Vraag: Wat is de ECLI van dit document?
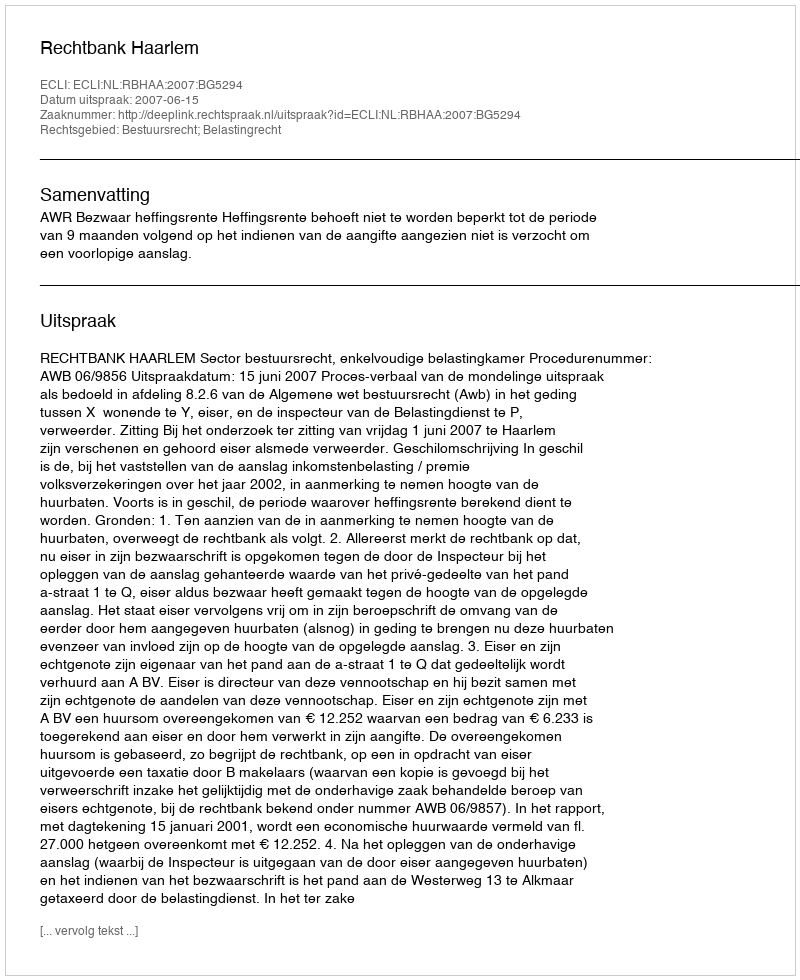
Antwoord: ECLI:NL:RBHAA:2007:BG5294